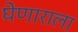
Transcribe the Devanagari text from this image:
घेणाराला